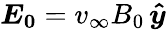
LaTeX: \boldsymbol{E_{0}}=v_{\infty}B_{0}\, \boldsymbol{\hat{y}}